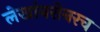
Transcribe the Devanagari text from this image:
लेखांबरोबरच